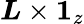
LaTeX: \boldsymbol{L}\times\boldsymbol{1}_{z}